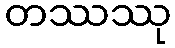
တဿဿု